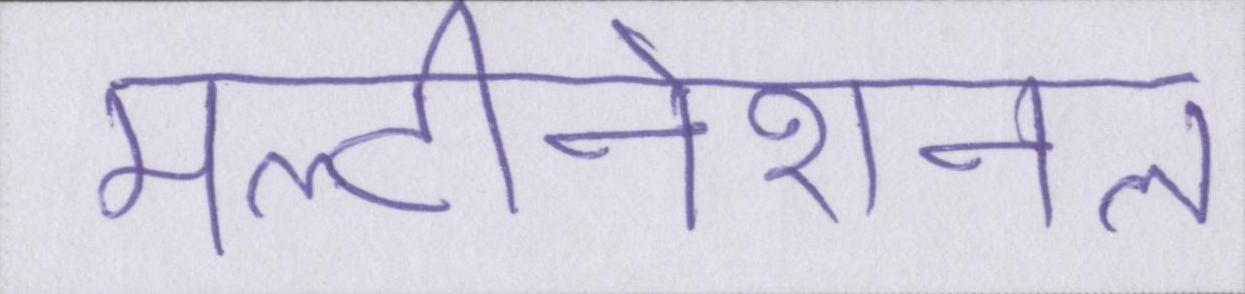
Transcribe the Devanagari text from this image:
मल्टीनेशनल